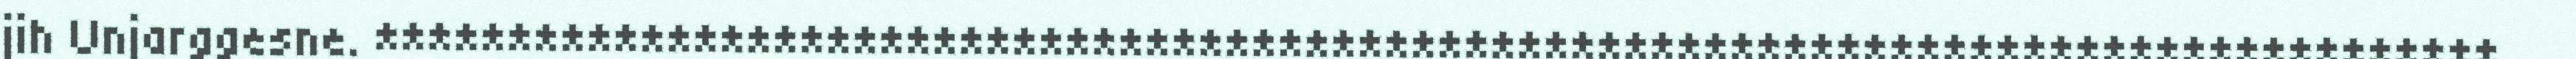
jih Unjarggesne. ********************************************************************************